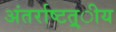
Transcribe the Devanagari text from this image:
अंतर्राष्‍टत्र्ीय